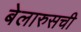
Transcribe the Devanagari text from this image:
बेलारुसची